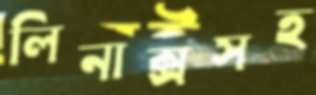
লিনাক্সসহ